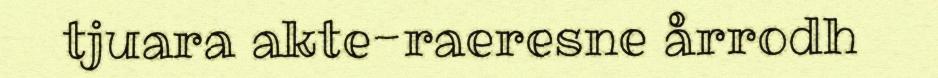
tjuara akte-raeresne årrodh